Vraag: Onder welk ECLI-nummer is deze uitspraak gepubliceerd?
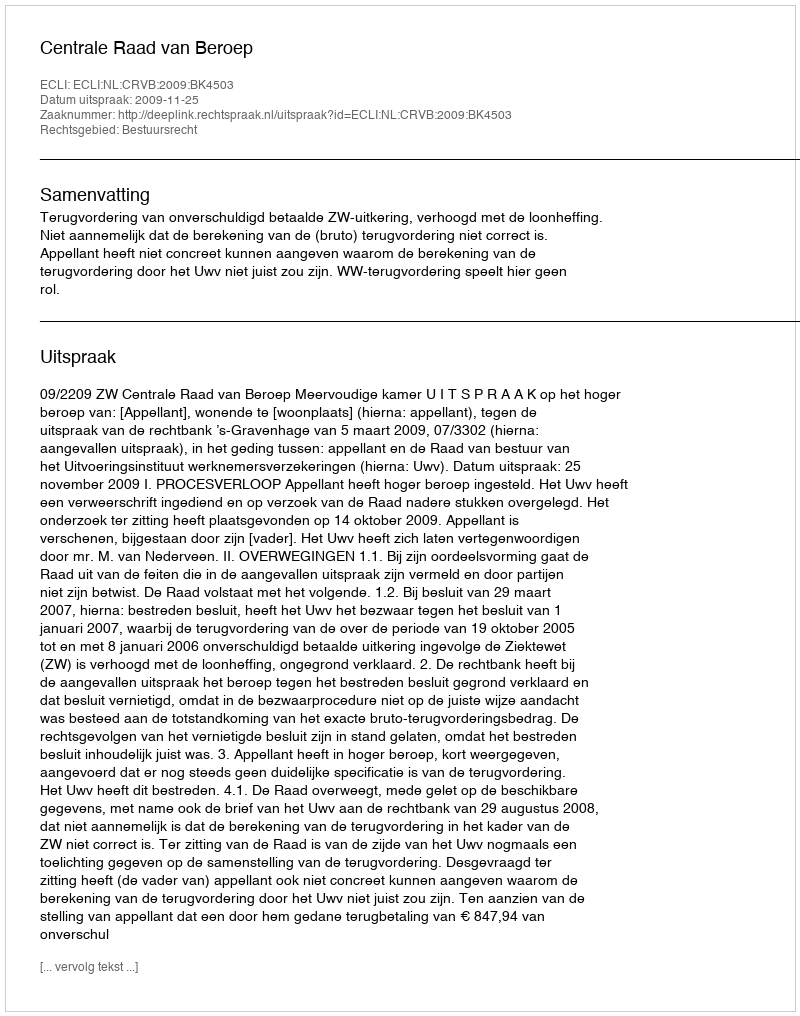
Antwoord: ECLI:NL:CRVB:2009:BK4503